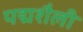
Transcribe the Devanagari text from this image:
पद्मशैली